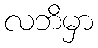
လဘိမှာ